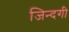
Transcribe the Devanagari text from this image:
जिन्‍दगी